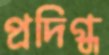
প্রদিগ্ধ